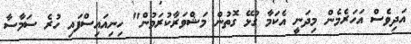
އަދިވެސް އަހަރެމެން މިދަނީ އެކަމާ ގުޅޭ ގޮތުން މަޝްވަރާކުރަމުން" ހިނިއައިސްފައި ހުރެ ސަމާސާ